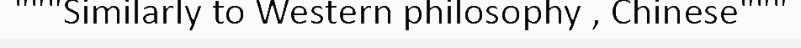
"""Similarly to Western philosophy , Chinese"""